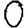
Digit: 0